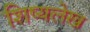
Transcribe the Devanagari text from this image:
शिष्यलेख